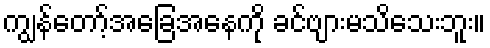
ကျွန်တော့်အခြေအနေကို ခင်ဗျားမသိသေးဘူး။